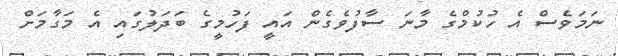
ނަމަވެސް އެ ހުކުމްގެ މާނަ ސާފުވެގެން އައީ ފަހުމީގެ ބަދަލުގައި އެ މަގާމަށް